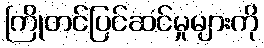
ကြိုတင်ပြင်ဆင်မှုများကို